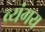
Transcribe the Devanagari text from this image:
व्यंगय